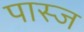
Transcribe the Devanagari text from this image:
पास्ज